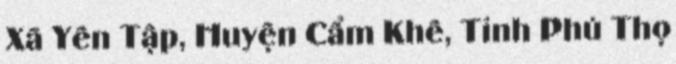
Xã Yên Tập, Huyện Cẩm Khê, Tỉnh Phú Thọ